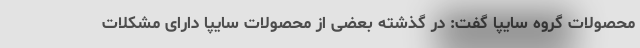
محصولات گروه سایپا گفت: در گذشته بعضی از محصولات سایپا دارای مشکلات